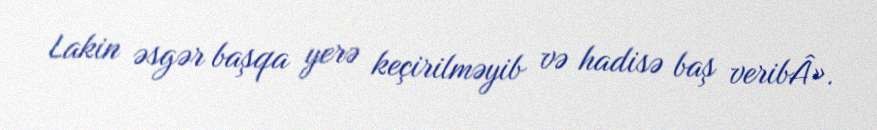
Lakin əsgər başqa yerə keçirilməyib və hadisə baş veribÂ».